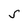
Character: S